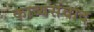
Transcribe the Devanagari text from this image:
काव्यसंवाद